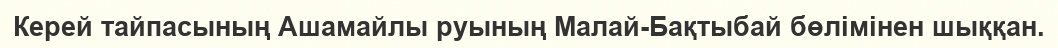
Керей тайпасының Ашамайлы руының Малай-Бақтыбай бөлімінен шыққан.